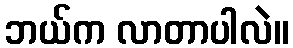
ဘယ်က လာတာပါလဲ။